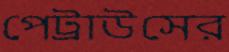
পেট্রাউসের